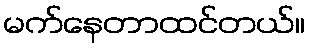
မက်နေတာထင်တယ်။